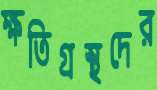
ক্ষতিগ্রস্থদের